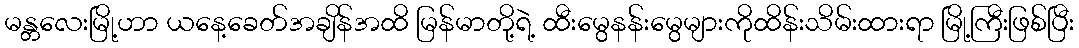
မန္တလေးမြို့ဟာ ယနေ့ခေတ်အချိန်အထိ မြန်မာတို့ရဲ့ ထီးမွေနန်းမွေများကိုထိန်းသိမ်းထားရာ မြို့ကြီးဖြစ်ပြီး